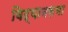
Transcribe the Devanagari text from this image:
विद्यानसभा